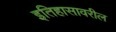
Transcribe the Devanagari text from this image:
इतिहासावरील